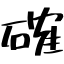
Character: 確